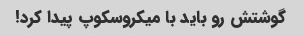
گوشتش رو باید با میکروسکوپ پیدا کرد!